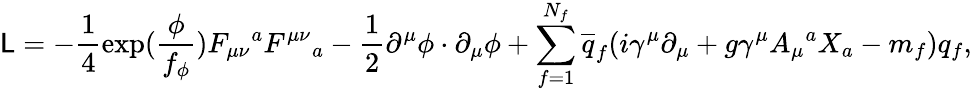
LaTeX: {\cal\mathsf{L}}=-\frac{{1}}{{4}}\exp(\frac{{\phi}}{{f_{\phi}}})F_{\mu\nu}{}^{a}F^{\mu\nu}{}_{a}-\frac{{1}}{{2}}\partial^{\mu}\phi\cdot\partial_{\mu}\phi+\sum_{f=1}^{N_{f}}\overline{{{{q}}}}_{f}(i\gamma^{\mu}\partial_{\mu}+g\gamma^{\mu}A_{\mu}{}^{a}X_{a}-m_{f})q_{f},